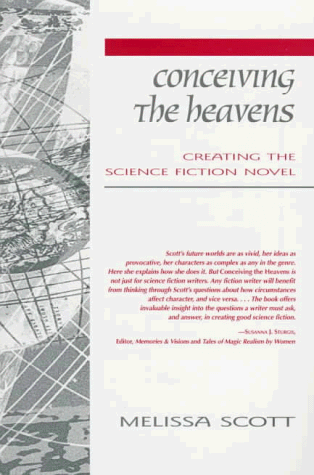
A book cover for Conceiving the Heavens: Creating the Science Fiction Novel; Melissa Scott; Science Fiction & Fantasy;